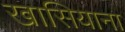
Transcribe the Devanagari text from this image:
खासियाना